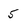
Character: 5